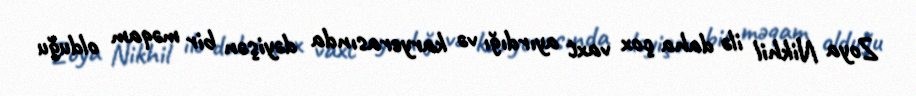
Zoya Nikhil ilə daha çox vaxt ayırdığı və karyerasında dəyişən bir məqam olduğu